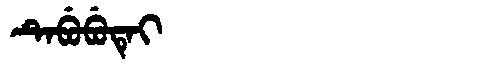
Manchu: ᡨᡝᠪᡠᠪᡠᡨᡝᡳ
Romanization: TEBUBUTEI